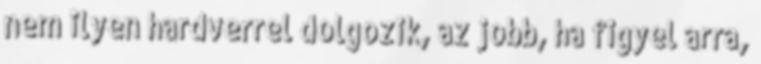
nem ilyen hardverrel dolgozik, az jobb, ha figyel arra,